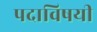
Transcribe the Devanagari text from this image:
पदाविषयी